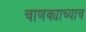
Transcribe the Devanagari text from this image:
चाणक्याच्याच